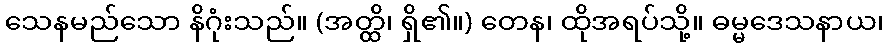
သေနမည်သော နိဂုံးသည်။ (အတ္ထိ၊ ရှိ၏။) တေန၊ ထိုအရပ်သို့။ ဓမ္မဒေသနာယ၊